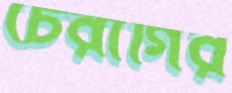
চেরাগির